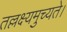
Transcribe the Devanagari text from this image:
तल्लक्ष्यमुच्यते।